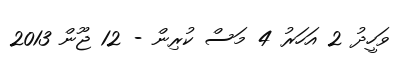
ވަހީދު 2 އަހަރު 4 މަސް ކުރިން - 12 ޖޫން 2013